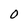
Character: 0